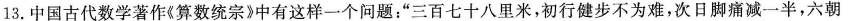
13.中国古代数学著作《算数统宗》中有这样一个问题：”三百七十八里米，初行健步不为难，次日脚痛减一半，六朝